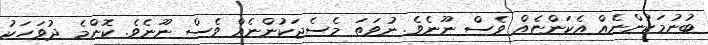
ބުނުމަކުންނެއް އެކަންޏެއް ވެސް ނޫނެވެ. ނުވަތަ މެސެޖަކުންނެއް ވެސް ނޫނެވެ. ކޮންމެ ދުވަހަކު